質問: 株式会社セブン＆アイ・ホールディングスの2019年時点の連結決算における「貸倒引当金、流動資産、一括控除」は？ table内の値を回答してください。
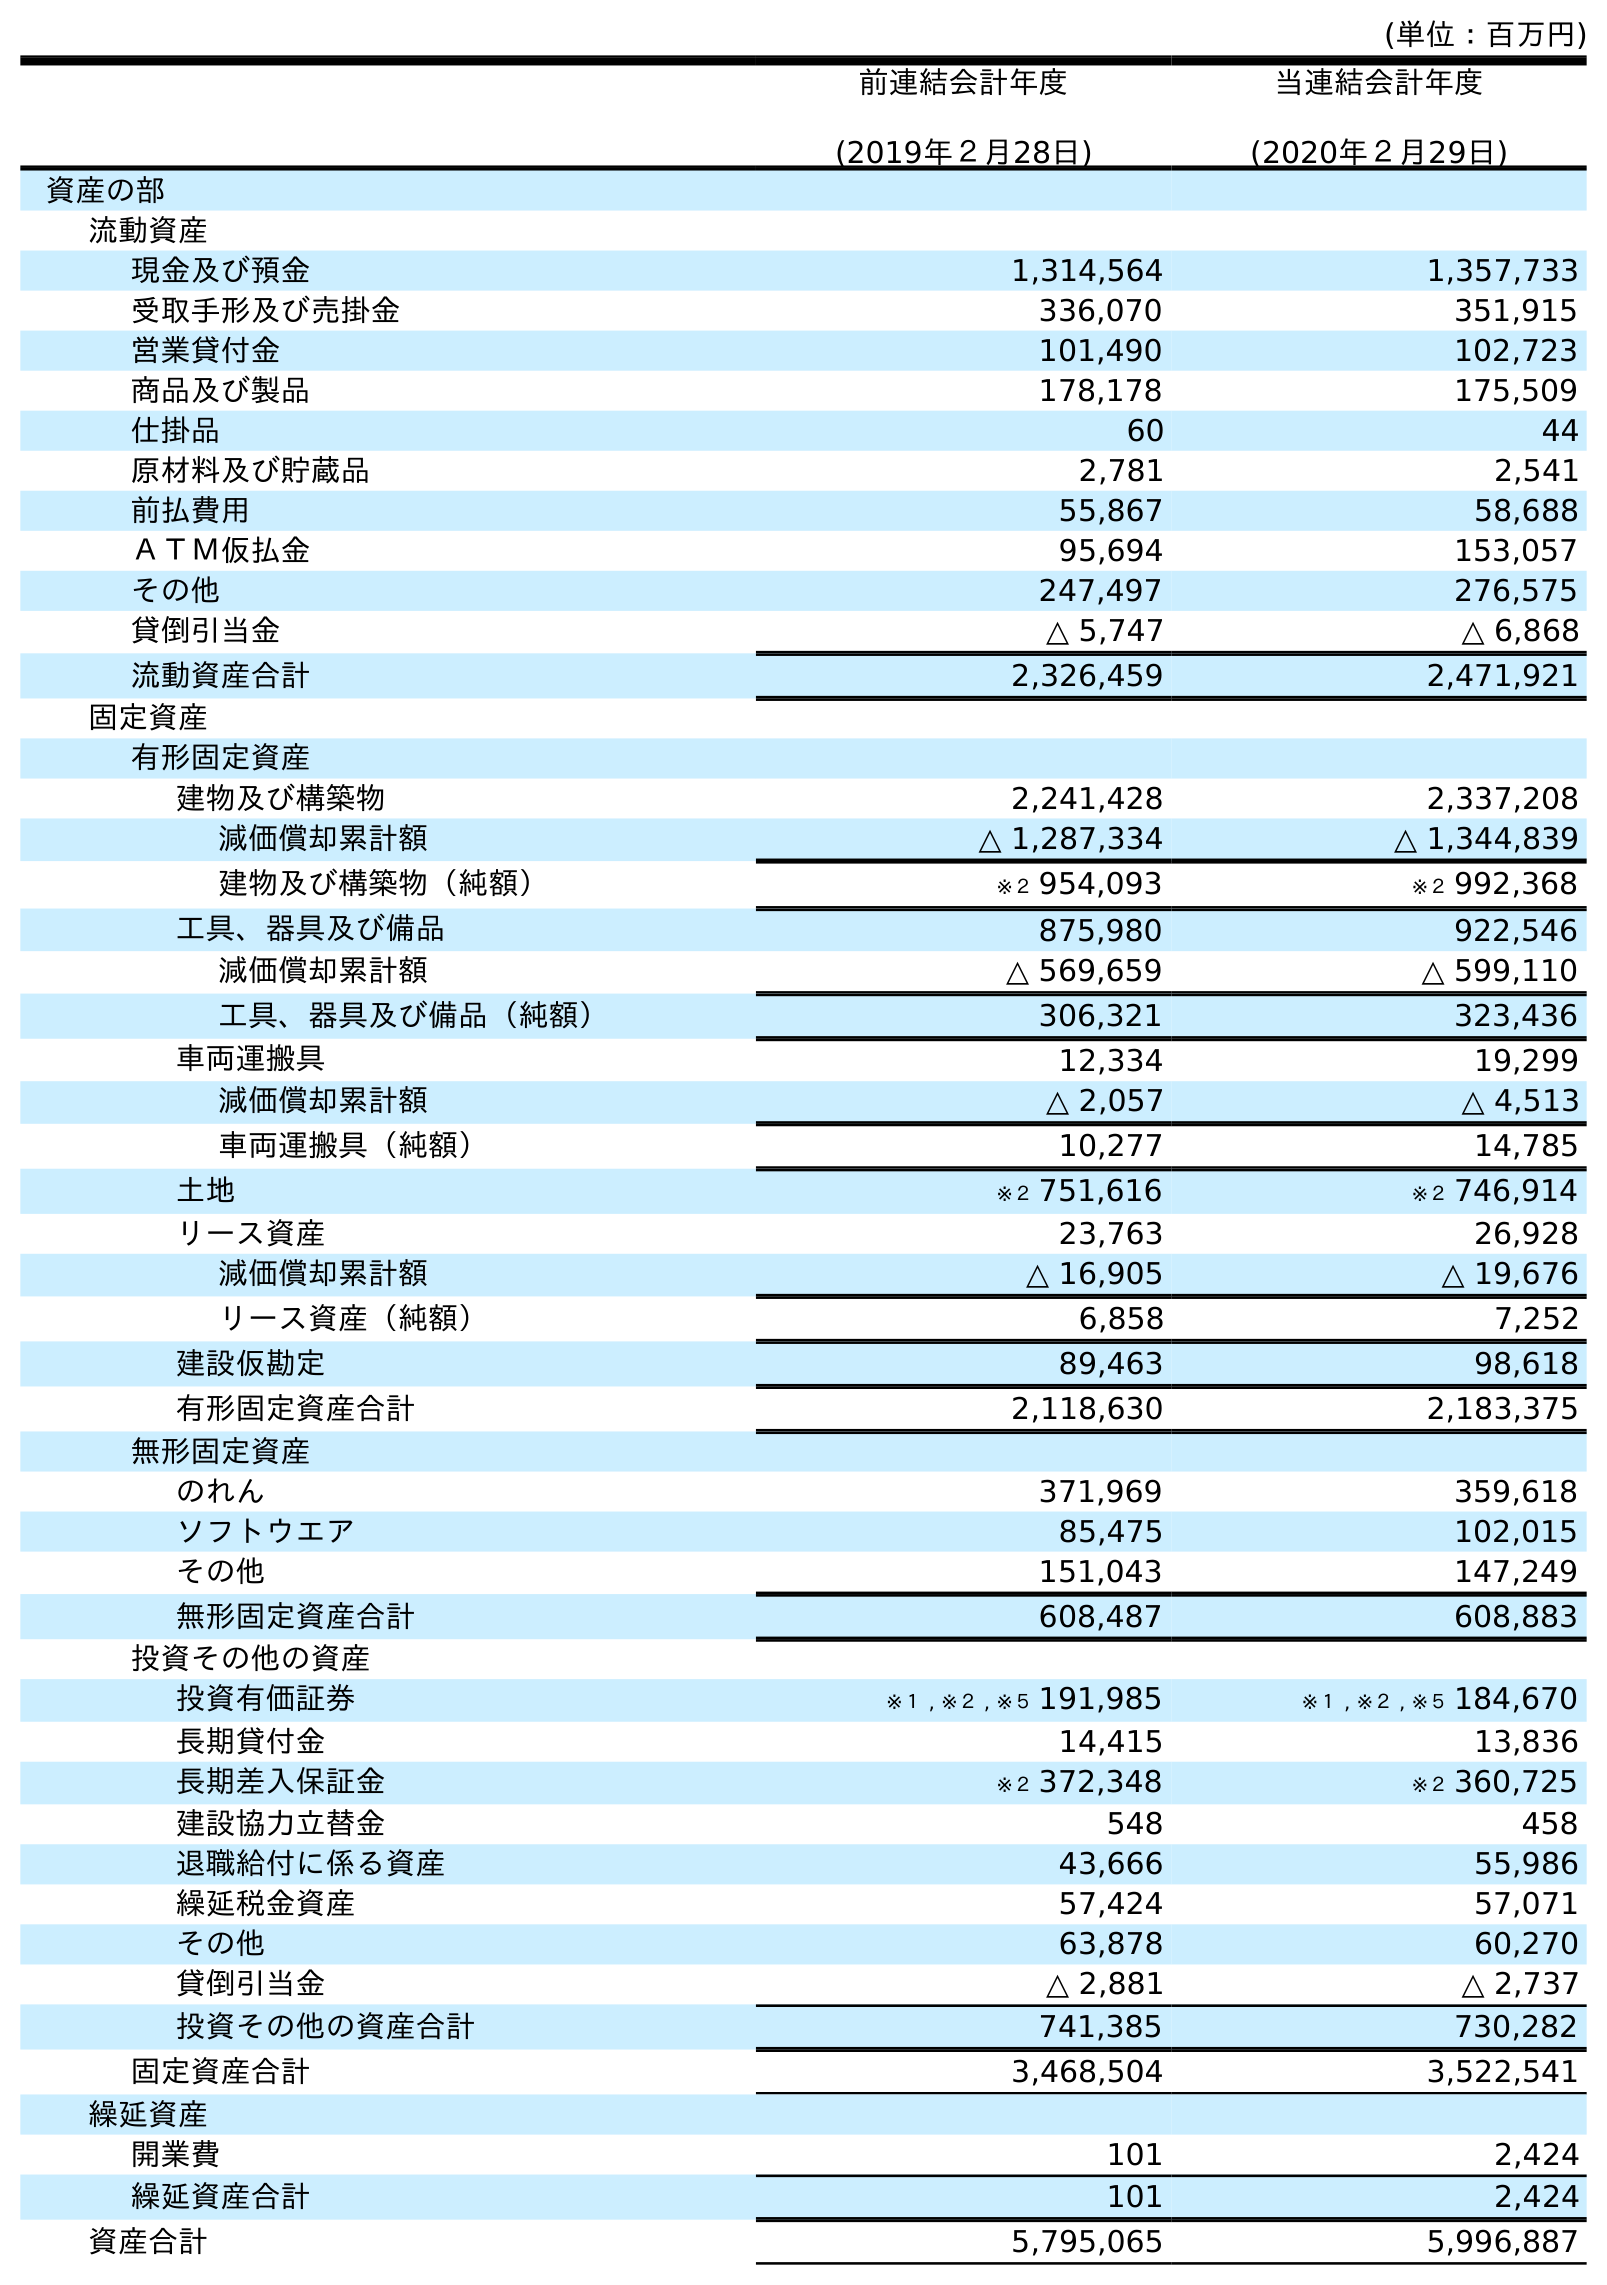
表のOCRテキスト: (単位：百万円) 前連結会計年度 (2019年２月28日) 当連結会計年度 (2020年２月29日) 資産の部 流動資産 現金及び預金 1,314,564 1,357,733 受取手形及び売掛金 336,070 351,915 営業貸付金 101,490 102,723 商品及び製品 178,178 175,509 仕掛品 60 44 原材料及び貯蔵品 2,781 2,541 前払費用 55,867 58,688 ＡＴＭ仮払金 95,694 153,057 その他 247,497 276,575 貸倒引当金 △ 5,747 △ 6,868 流動資産合計 2,326,459 2,471,921 固定資産 有形固定資産 建物及び構築物 2,241,428 2,337,208 減価償却累計額 △ 1,287,334 △ 1,344,839 建物及び構築物（純額） ※２ 954,093 ※２ 992,368 工具、器具及び備品 875,980 922,546 減価償却累計額 △ 569,659 △ 599,110 工具、器具及び備品（純額） 306,321 323,436 車両運搬具 12,334 19,299 減価償却累計額 △ 2,057 △ 4,513 車両運搬具（純額） 10,277 14,785 土地 ※２ 751,616 ※２ 746,914 リース資産 23,763 26,928 減価償却累計額 △ 16,905 △ 19,676 リース資産（純額） 6,858 7,252 建設仮勘定 89,463 98,618 有形固定資産合計 2,118,630 2,183,375 無形固定資産 のれん 371,969 359,618 ソフトウエア 85,475 102,015 その他 151,043 147,249 無形固定資産合計 608,487 608,883 投資その他の資産 投資有価証券 ※１ , ※２ , ※５ 191,985 ※１ , ※２ , ※５ 184,670 長期貸付金 14,415 13,836 長期差入保証金 ※２ 372,348 ※２ 360,725 建設協力立替金 548 458 退職給付に係る資産 43,666 55,986 繰延税金資産 57,424 57,071 その他 63,878 60,270 貸倒引当金 △ 2,881 △ 2,737 投資その他の資産合計 741,385 730,282 固定資産合計 3,468,504 3,522,541 繰延資産 開業費 101 2,424 繰延資産合計 101 2,424 資産合計 5,795,065 5,996,887
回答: △5,747